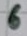
Text: 6